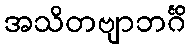
အသိတဗျာဘင်္ဂိ